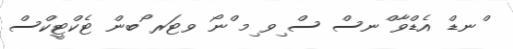
ްނޑް އެޑްވާ ްނސް ސް ިވ ިމ ްނޯ ވޓަރ ޯބން ޓެކްޓީކްސް